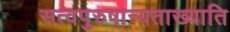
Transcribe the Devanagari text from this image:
सत्वपुरुषान्यताख्याति